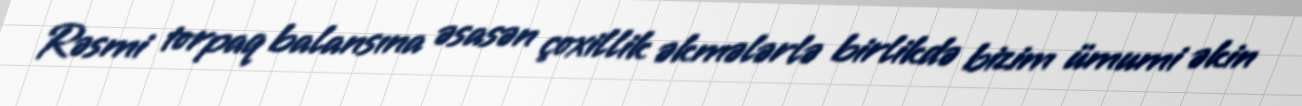
Rəsmi torpaq balansına əsasən çoxillik əkmələrlə birlikdə bizim ümumi əkin